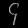
Digit: ၄